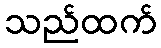
သည်ထက်